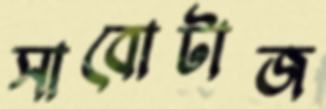
সাবোটাজ